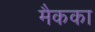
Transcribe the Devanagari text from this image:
मैकका